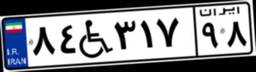
۷۱W۲۸۷۸۹